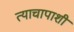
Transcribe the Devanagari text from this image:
त्याचापाशी